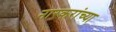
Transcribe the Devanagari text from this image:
नारकरांच्या